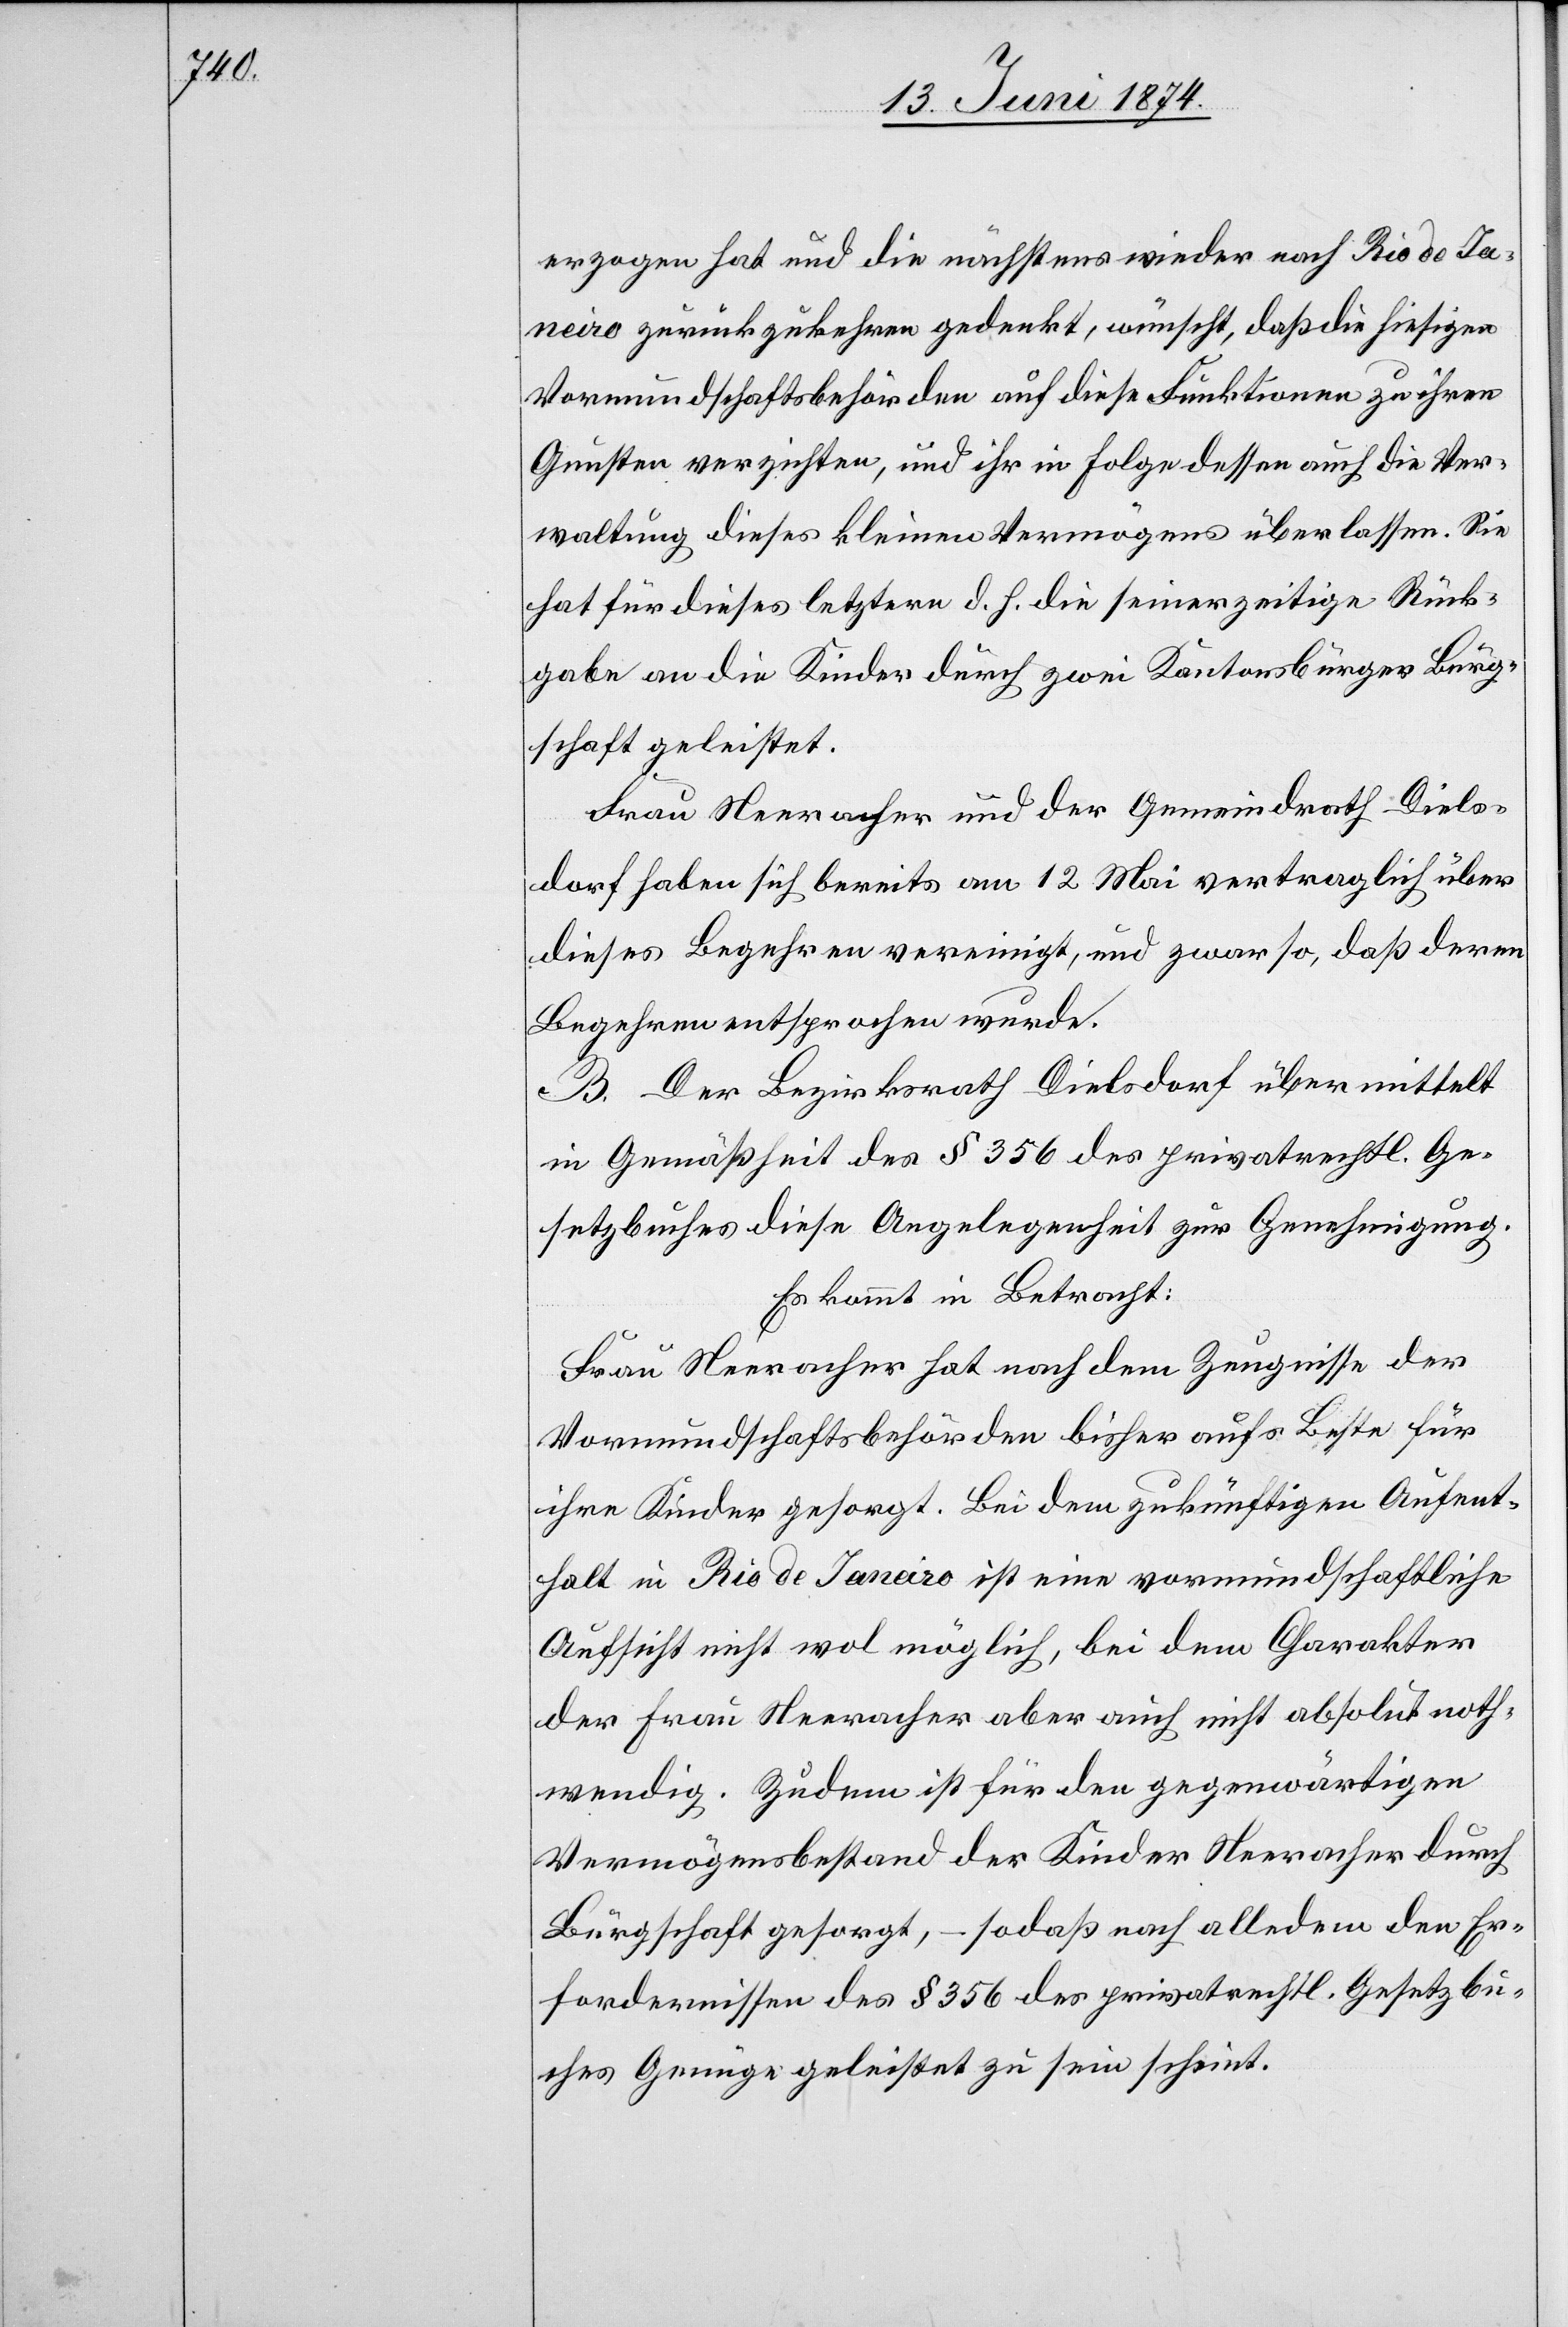
erzogen hat und die nächstens wieder nach Rio de Ja¬
neiro zurückzukehren gedenkt, wünscht, daß die hiesigen
Vormundschaftsbehörden auf diese Funktionen zu ihren
Gunsten verzichten, und ihr in Folge dessen auch die Ver¬
waltung dieses kleinen Vermögens überlassen. Sie
hat für dieses letztere d. h. die seinerzeitige Rück¬
gabe an die Kinder durch zwei Kantonsbürger Bürg¬
schaft geleistet.
Frau Neeracher und der Gemeindrath Diels¬
dorf haben sich bereits am 12. Mai vertraglich über
dieses Begehren vereinigt, und zwar so, daß deren
Begehren entsprochen wurde.
B. Der Bezirksrath Dielsdorf übermittelt
in Gemäßheit des § 356 des privatrechtl. Ge¬
setzbuches diese Angelegenheit zur Genehmigung.
Es kommt in Betracht:
Frau Neeracher hat nach dem Zeugnisse der
Vormundschaftsbehörden bisher aufs Beste für
ihre Kinder gesorgt. Bei dem zukünftigen Aufent¬
halt in Rio de Janeiro ist eine vormundschaftliche
Aufsicht nicht wol möglich, bei dem Charakter
der Frau Neeracher aber auch nicht absolut noth¬
wendig. Zudem ist für den gegenwärtigen
Vermögensbestand der Kinder Neeracher durch
Bürgschaft gesorgt, – so daß nach alledem den Er¬
fordernissen des § 356 des privatrechtl. Gesetzbu¬
ches Genüge geleistet zu sein scheint.